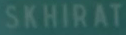
SKHIRAT